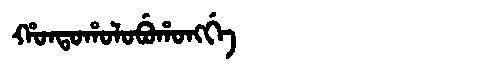
Manchu: ᡥᠣᠨᡨᠣᡥᠣᠯᠣᠪᡠᡥᠣᠩᡤᡝ
Romanization: HONTOHOLOBUHONGGE